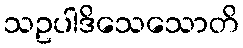
သဥပါဒိသေသောတိ